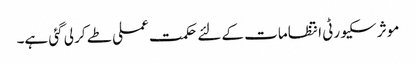
موثر سکیورٹی انتظامات کے لئے حکمت عملی طے کر لی گئی ہے۔